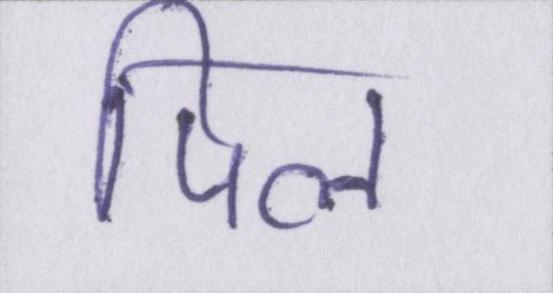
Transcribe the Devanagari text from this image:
पिल